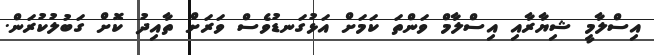
އިސްލާމީ ޝިޔާރާއި އިސްލާމް ވަންތަ ކަމަށް އަޅުގަނޑުވެސް ވަރަށް ތާއިދު ކޮށް ގަބުލުކުރަން.